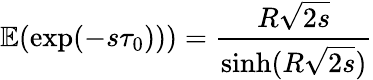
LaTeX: \mathbb{E}(\exp(-s\tau_{0})))={\frac{R{\sqrt{2s}}}{\sinh(R{\sqrt{2s}})}}